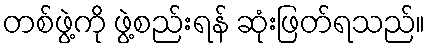
တစ်ဖွဲ့ကို ဖွဲ့စည်းရန် ဆုံးဖြတ်ရသည်။